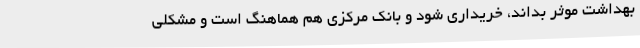
بهداشت موثر بداند، خریداری شود و بانک مرکزی هم هماهنگ است و مشکلی